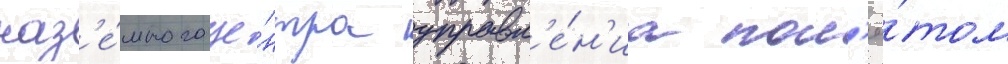
наз'е́много це́нтра управл'е́н'иа пол'ё́том